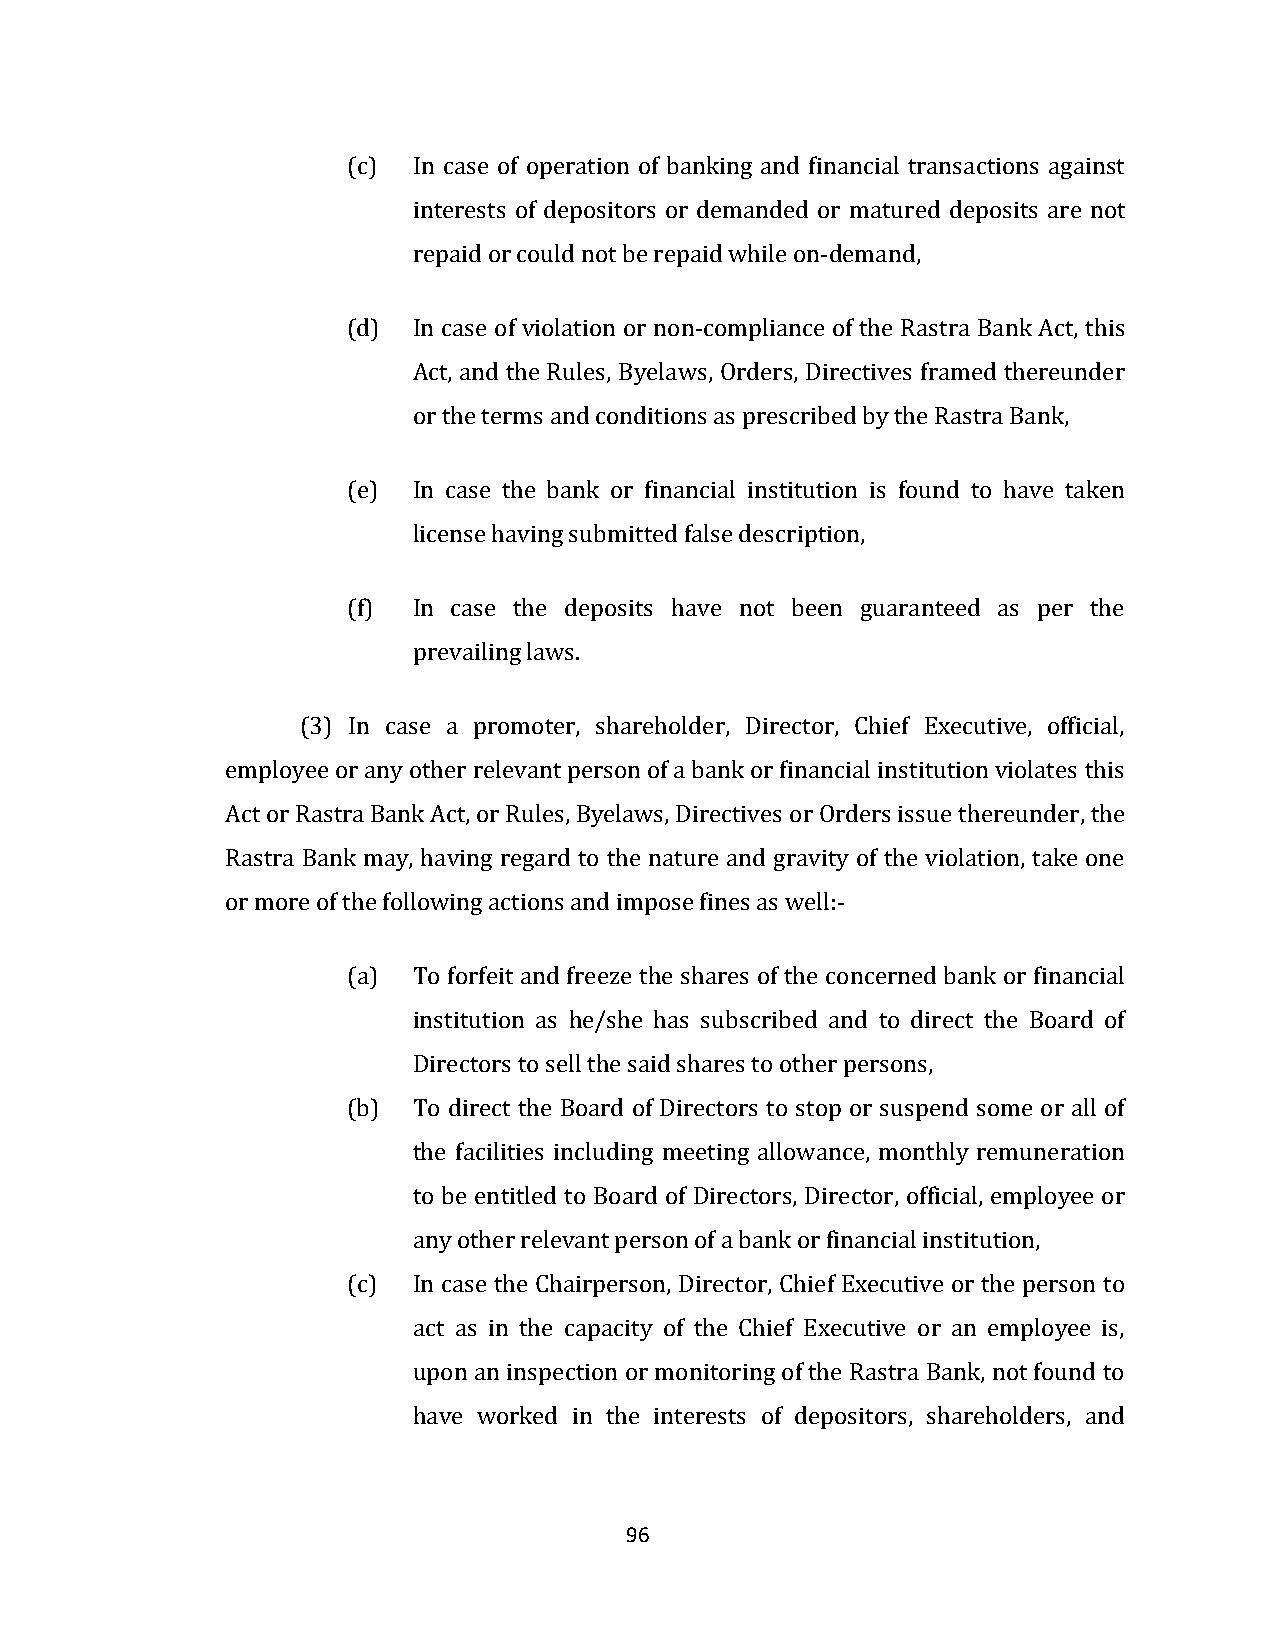
(c) In case of operation of banking and financial transactions against
 interests of depositors or demanded or matured deposits are not
 repaid or could not be repaid while on-demand,
 (d) In case of violation or non-compliance of the Rastra Bank Act, this
 Act, and the Rules, Byelaws, Orders, Directives framed thereunder
 or the terms and conditions as prescribed by the Rastra Bank,
 (e) In case the bank or financial institution is found to have taken
 license having submitted false description,
 (f) In case the deposits have not been guaranteed as per the
 prevailing laws.
 (3) In case a promoter, shareholder, Director, Chief Executive, official,
 employee or any other relevant person of a bank or financial institution violates this
 Act or Rastra Bank Act, or Rules, Byelaws, Directives or Orders issue thereunder, the
 Rastra Bank may, having regard to the nature and gravity of the violation, take one
 or more of the following actions and impose fines as well:-
 (a) To forfeit and freeze the shares of the concerned bank or financial
 institution as he/she has subscribed and to direct the Board of
 Directors to sell the said shares to other persons,
 (b) To direct the Board of Directors to stop or suspend some or all of
 the facilities including meeting allowance, monthly remuneration
 to be entitled to Board of Directors, Director, official, employee or
 any other relevant person of a bank or financial institution,
 (c) In case the Chairperson, Director, Chief Executive or the person to
 act as in the capacity of the Chief Executive or an employee is,
 upon an inspection or monitoring of the Rastra Bank, not found to
 have worked in the interests of depositors, shareholders, and
 96